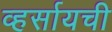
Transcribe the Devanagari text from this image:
व्हर्सायची